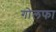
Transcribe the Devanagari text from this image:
गोलफा